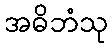
အဓိဘံသု